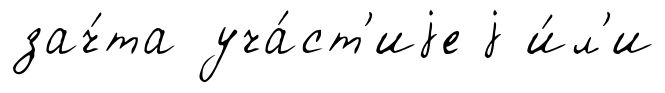
зач́та уча́ст'иjе j и́л'и